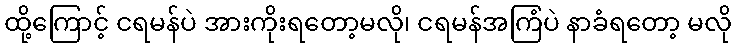
ထို့ကြောင့် ငရမန်ပဲ အားကိုးရတော့မလို၊ ငရမန်အကြံပဲ နာခံရတော့ မလို